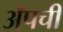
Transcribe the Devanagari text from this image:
ॲपची